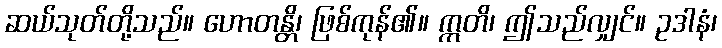
ဆယ်သုတ်တို့သည်။ ဟောတန္တိ၊ ဖြစ်ကုန်၏။ ဣတိ၊ ဤသည်လျှင်။ ဥဒါနံ၊